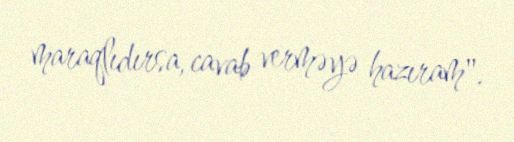
maraqlıdırsa, cavab verməyə hazıram".